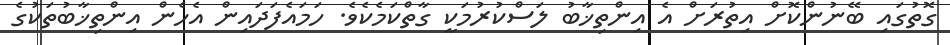
ގޮތުގައި ބޭނުންކޮށް އިތުރަށް އެ އިންތިޚާބު ލަސްކުރުމަކީ ގާތްކަމެކެވެ. ހަމައެފަދައިން އެހެން އިންތިޚާބުތަކުގެ